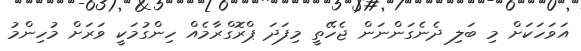
އަވަހަކަށް މި ބަލި ދެނެގަންނަން ޖެހޭތީ މިފަދަ ޕްރޮގްރާމެއް ހިންގުމަކީ ވަރަށް މުހިންމު